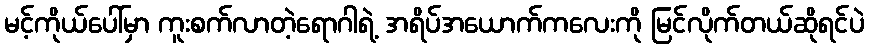
မင့်ကိုယ်ပေါ်မှာ ကူးစက်လာတဲ့ရောဂါရဲ့ အရိပ်အယောက်ကလေးကို မြင်လိုက်တယ်ဆိုရင်ပဲ